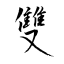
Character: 雙